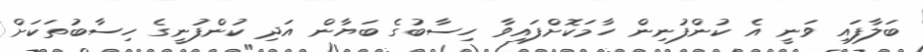
ބަލާފައި ވަނީ އެ ކުންފުނިން ހާމަކޮށްފައިވާ ހިސާބުގެ ބަޔާން އަދި ކުންފުނީގެ ހިސާބުތަކަށް